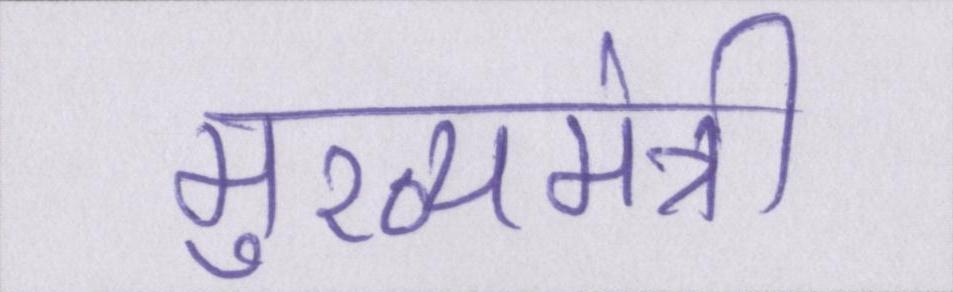
मुख्यमंत्री